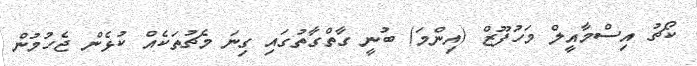
ކޯޗު އިސްމާއީލް މަހުފޫޒް (އިންމަ) ބުނީ ގާތްގާތުގައި ގިނަ މެޗުތަކެއް ކުޅެން ޖެހުމުން